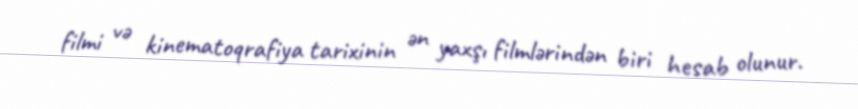
filmi və kinematoqrafiya tarixinin ən yaxşı filmlərindən biri hesab olunur.